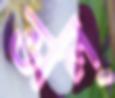
ভাল্